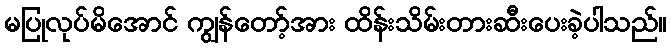
မပြုလုပ်မိအောင် ကျွန်တော့်အား ထိန်းသိမ်းတားဆီးပေးခဲ့ပါသည်။